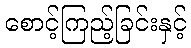
စောင့်ကြည့်ခြင်းနှင့်